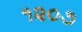
૧૨૦૭